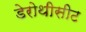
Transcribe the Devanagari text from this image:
डेरोथीसीट